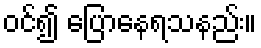
ဝင်၍ ပြောနေရသနည်း။